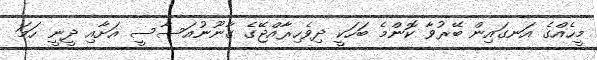
މީހެއްގެ އަނގައިން ބޭރުވާ ކޮންމެ ބަހަކީ ދިވެހިރާއްޖޭގެ ގާނޫނުއަސާސީ އަށާއި ދީނީ ހަމަ